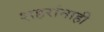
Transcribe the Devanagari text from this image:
शहरांनाही